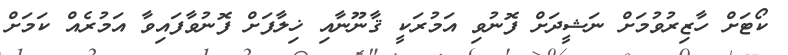
ކޯޓަށް ހާޒިރުވުމަށް ނަޝީދަށް ފޮނުވި އަމުރަކީ ޤާނޫނާއި ޚިލާފަށް ފޮނުވާފައިވާ އަމުރެއް ކަމަށް